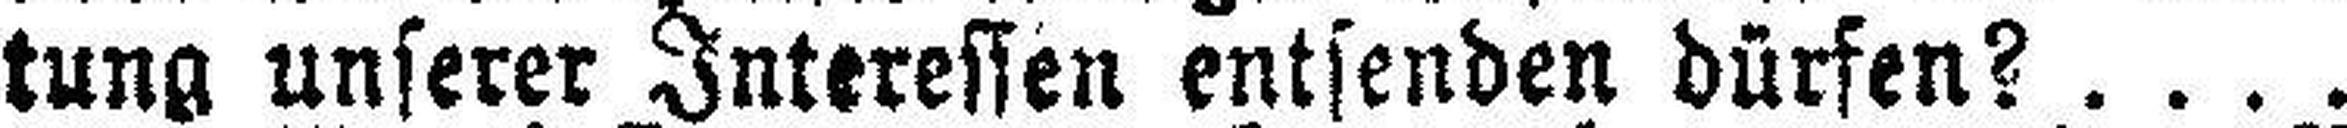
tung unserer Interessen entsenden dürfen? ....